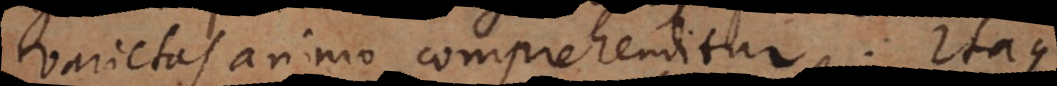
varietas animo comprehenditur. Itaque